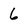
Character: 6